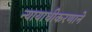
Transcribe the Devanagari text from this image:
न्यायाधीकरणाने